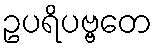
ဥပရိပဗ္ဗတေ